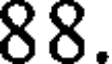
88.